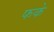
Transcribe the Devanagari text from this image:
फके